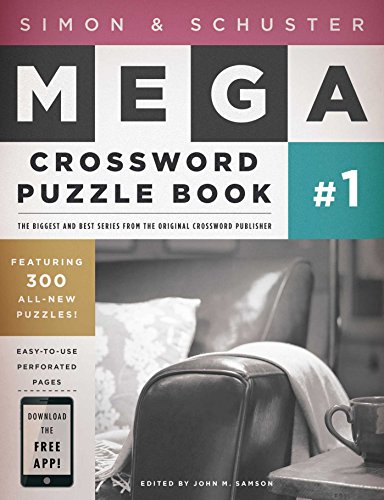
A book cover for Simon & Schuster Mega Crossword Puzzle Book #1 (Mega Crossword Puzzle Books); Humor & Entertainment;